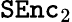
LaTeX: \mathtt{SEnc}_{2}